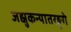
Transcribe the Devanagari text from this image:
जह्नुकन्यातरङ्गे